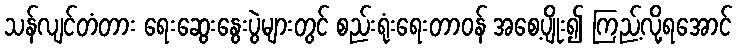
သန်လျင်တံတား ရေးဆွေးနွေးပွဲများတွင် စည်းရုံးရေးတာဝန် အစေ့ပျိုး၍ ကြည့်လို့ရအောင်